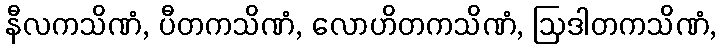
နီလကသိဏံ, ပီတကသိဏံ, လောဟိတကသိဏံ, ဩဒါတကသိဏံ,